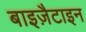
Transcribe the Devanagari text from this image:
बाइज़ैटाइन